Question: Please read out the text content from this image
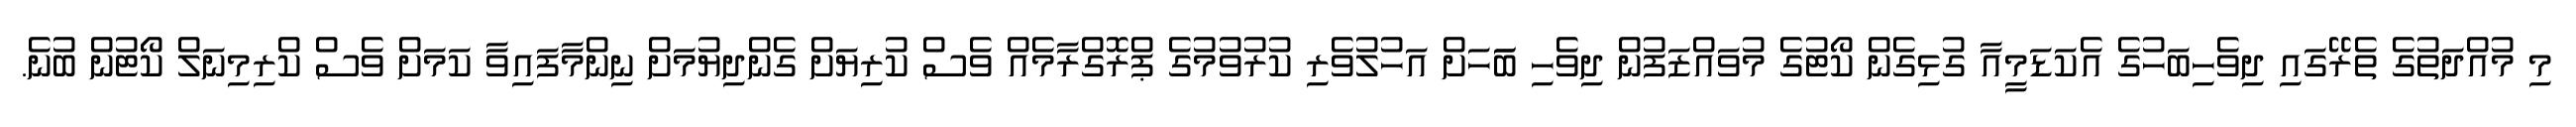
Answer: މި މުއްދަތުގެ ތެރޭގައި ދިވެހިބަހުގެ އެކަޑަމީއާ ގުޅިގެން ކޯޓުގެ މުވައްޒަފުން ދިވެހި ބަަހަށް އަހުލުވެރި ކުރުވުމުގެ ޕްރޮގްރާމެއް ވެސް ކުރިޔަށް ގެންދިޔުމަށް ނިންމާފައިވާ ކަމަށް ވެސް ކްރިމިނަލް ކޯޓުން ބުނެ.